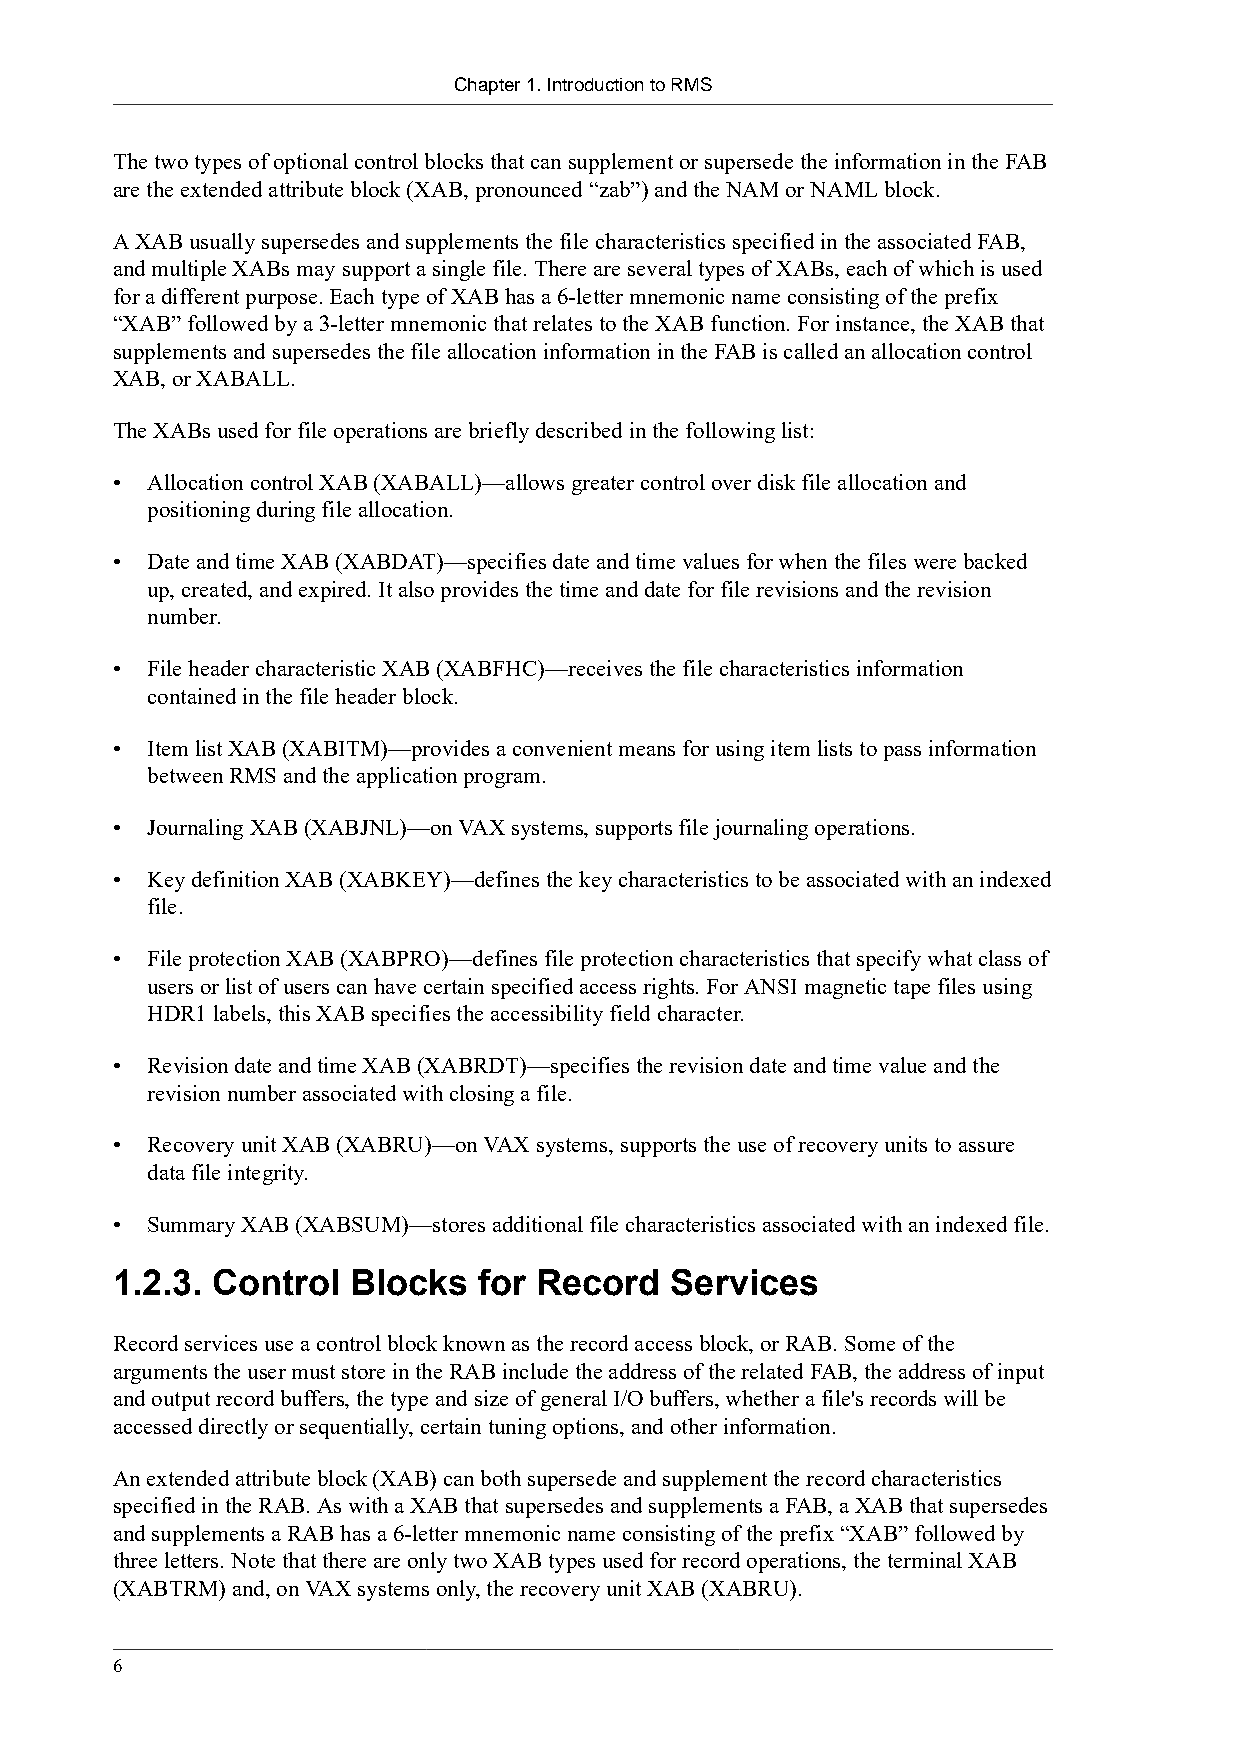
Chapter 1. Introduction to RMS
 The two types of optional control blocks that can supplement or supersede the information in the FAB
 are the extended attribute block (XAB, pronounced “zab”) and the NAM or NAML block.
 A XAB usually supersedes and supplements the file characteristics specified in the associated FAB,
 and multiple XABs may support a single file. There are several types of XABs, each of which is used
 for a different purpose. Each type of XAB has a 6-letter mnemonic name consisting of the prefix
 “XAB” followed by a 3-letter mnemonic that relates to the XAB function. For instance, the XAB that
 supplements and supersedes the file allocation information in the FAB is called an allocation control
 XAB, or XABALL.
 The XABs used for file operations are briefly described in the following list:
 •  Allocation control XAB (XABALL)—allows greater control over disk file allocation and
 positioning during file allocation.
 •  Date and time XAB (XABDAT)—specifies date and time values for when the files were backed
 up, created, and expired. It also provides the time and date for file revisions and the revision
 number.
 •  File header characteristic XAB (XABFHC)—receives the file characteristics information
 contained in the file header block.
 •  Item list XAB (XABITM)—provides a convenient means for using item lists to pass information
 between RMS and the application program.
 •  Journaling XAB (XABJNL)—on VAX systems, supports file journaling operations.
 •  Key definition XAB (XABKEY)—defines the key characteristics to be associated with an indexed
 file.
 •  File protection XAB (XABPRO)—defines file protection characteristics that specify what class of
 users or list of users can have certain specified access rights. For ANSI magnetic tape files using
 HDR1 labels, this XAB specifies the accessibility field character.
 •  Revision date and time XAB (XABRDT)—specifies the revision date and time value and the
 revision number associated with closing a file.
 •  Recovery unit XAB (XABRU)—on VAX systems, supports the use of recovery units to assure
 data file integrity.
 •  Summary XAB (XABSUM)—stores additional file characteristics associated with an indexed file.
 1.2.3. Control  Blocks   for Record  Services
 Record services use a control block known as the record access block, or RAB. Some of the
 arguments the user must store in the RAB include the address of the related FAB, the address of input
 and output record buffers, the type and size of general I/O buffers, whether a file's records will be
 accessed directly or sequentially, certain tuning options, and other information.
 An extended attribute block (XAB) can both supersede and supplement the record characteristics
 specified in the RAB. As with a XAB that supersedes and supplements a FAB, a XAB that supersedes
 and supplements a RAB has a 6-letter mnemonic name consisting of the prefix “XAB” followed by
 three letters. Note that there are only two XAB types used for record operations, the terminal XAB
 (XABTRM) and, on VAX systems only, the recovery unit XAB (XABRU).
 6